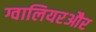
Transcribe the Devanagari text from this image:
ग्वालियरऔर